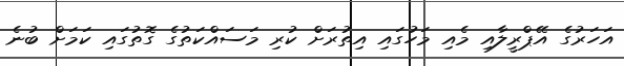
އަހަރުގެ އޭޕްރީލާއި މެއި މަހުގައި އިތުރަށް ކުރި މަސައްކަތުގެ ގޮތުގައި ކަމަށް ބުނެ